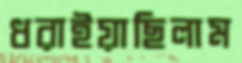
ধরাইয়াছিলাম